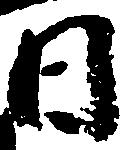
日